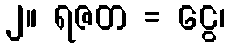
၂။ ရဇတ = ငွေ၊